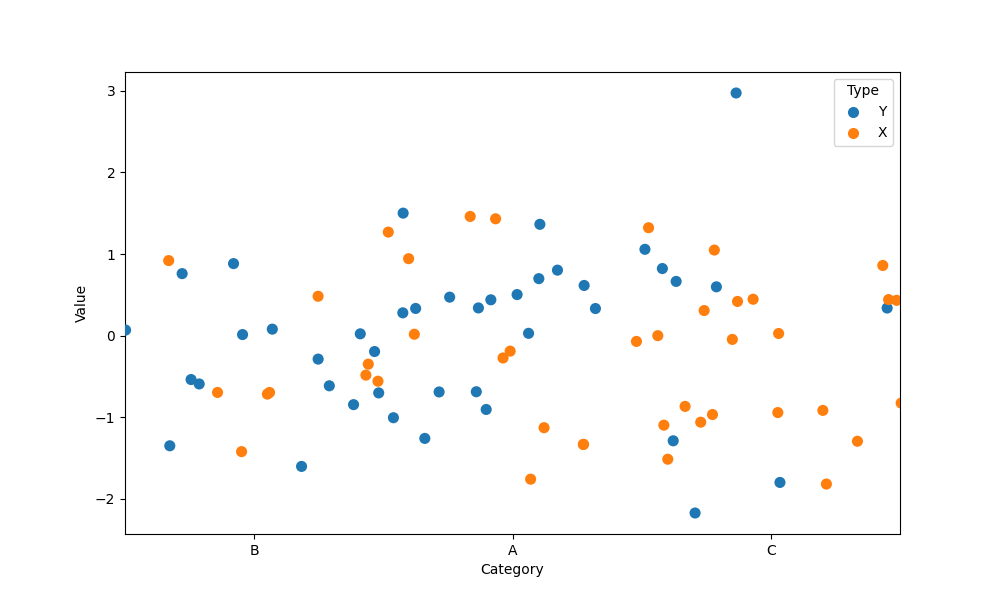
python, seaborn, stripplot, jitter=True, dodge=False, alpha=1.0, size=8